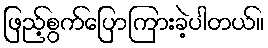
ဖြည့်စွက်ပြောကြားခဲ့ပါတယ်။